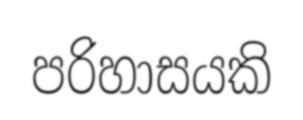
පරිහාසයකි